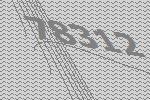
78312